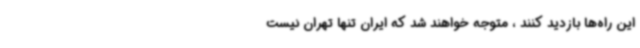
این راه‌ها بازدید کنند ، متوجه خواهند شد که ایران تنها تهران نیست